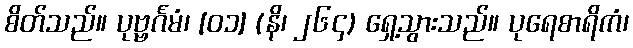
စိတ်သည်။ ပုဗ္ဗင်္ဂမံ၊ [၀၁] (နိ၊ ၂၆၄) ရှေ့သွားသည်။ ပုရေစာရိကံ၊